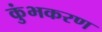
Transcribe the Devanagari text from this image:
कुंभकरण